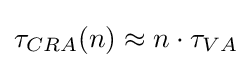
\tau _{CRA}(n)\approx n\cdot \tau _{VA}